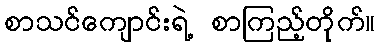
စာသင်ကျောင်းရဲ့ စာကြည့်တိုက်။